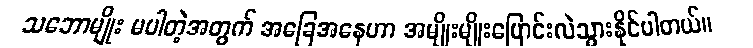
သဘောမျိုး မပါတဲ့အတွက် အခြေအနေဟာ အမျိုးမျိုးပြောင်းလဲသွားနိုင်ပါတယ်။